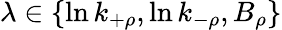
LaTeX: \lambda\in\{ \ln k_{+\rho},\ln k_{-\rho},B_{\rho}\}